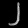
Digit: ၂